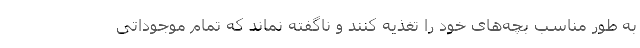
به طور مناسب بچه‌های خود را تغذیه کنند و ناگفته نماند که تمام موجوداتی